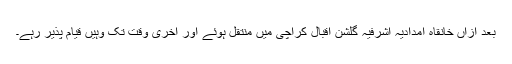
بعد ازاں خانقاہ امدادیہ اشرفیہ گلشن اقبال کراچی میں منتقل ہوئے اور آخری وقت تک وہیں قیام پذیر رہے۔